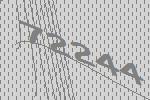
72244